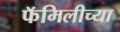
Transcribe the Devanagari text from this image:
फॅमिलीच्या